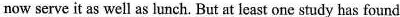
now serve it as well as lunch. But at least one study has found